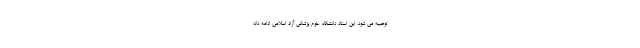
توصیه می شود. این استاد دانشگاه علوم پزشکی آزاد اسلامی ادامه داد: